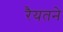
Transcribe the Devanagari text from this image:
रैयतने